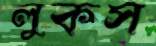
লুকস